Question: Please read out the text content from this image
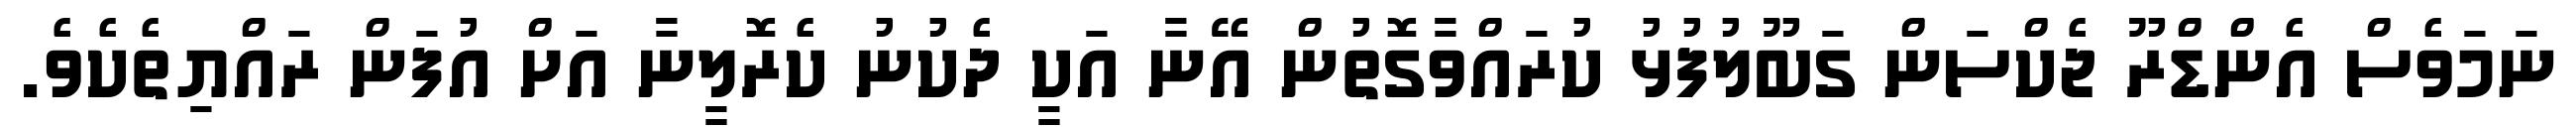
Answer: ނަމަވެސް އެންޑްރޫ ޖެކްސަން ގަބޫލުފުޅު ކުރައްވާގޮތުން އޭނާ އަކީ ދެކުނު ކެރޮލީނާ އަށް އުފަން ރައްޔިތެކެވެ.